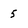
Character: 5